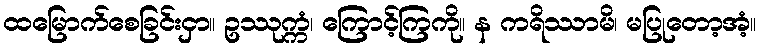
ထမြောက်စေခြင်းငှာ။ ဥဿုက္ကံ၊ ကြောင့်ကြကို။ န ကရိဿာမိ၊ မပြုတော့အံ့။